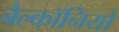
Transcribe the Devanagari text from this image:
बैल्कॉनियों